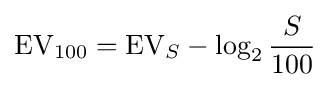
\mathrm {EV} _{100}=\mathrm {EV} _{S}-\log _{2}{\frac {S}{100}}